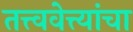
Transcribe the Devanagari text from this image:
तत्त्ववेत्त्यांचा